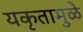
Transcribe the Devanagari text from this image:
यकृतामुळे